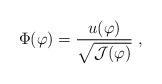
LaTeX: \begin{align*}\Phi(\varphi) = \frac{u(\varphi)}{\sqrt{{\cal J}(\varphi)}} \ ,\end{align*}